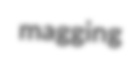
magging